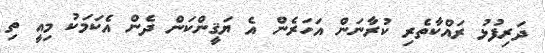
ދަރިފުޅު ރައްކާތެރި ކުރާނަން އަހަރެން އެ ޔަޤީންކަން ދެން އެކަމަކު މިއީ ތި